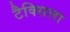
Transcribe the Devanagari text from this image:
टैक्सिला